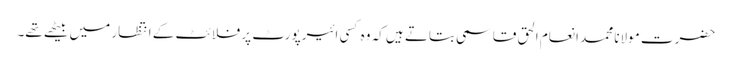
حضرت مولانا محمد انعام الحق قاسمی بتاتے ہیں کہ وہ کسی ائیرپورٹ پر فلائٹ کے انتظار میں بیٹھے تھے۔